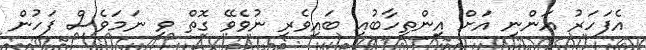
އެފަަހަރު އަންނި އަށް އިންތިހާބުއި ބައިވެރި ނުވެވޭ ގޮތް ވި ނަމަވެސް ފަހުން